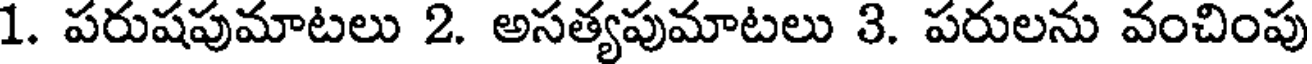
1. పరుషపుమాటలు 2. అసత్యపుమాటలు 3. పరులను వంచింపు